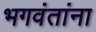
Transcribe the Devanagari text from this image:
भगवंतांना